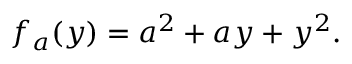
f _ { a } ( y ) = a ^ { 2 } + a y + y ^ { 2 } .